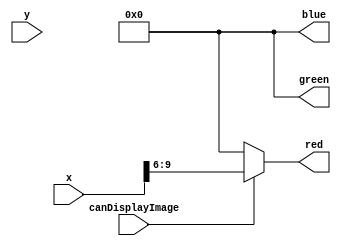
module gradient(
input canDisplayImage,
input [9:0] x,
input [9:0] y,
output reg [3:0] red,
output reg [3:0] green,
output reg [3:0] blue);
reg[3:0] i=0;

always @(x|y)
begin
	if(canDisplayImage)begin
		
	red = x[9:6];
	green=i;
	blue=0;
	end

	else
	begin
	red = 0;
	green = 0;
	blue = 0;
	end
end


endmodule